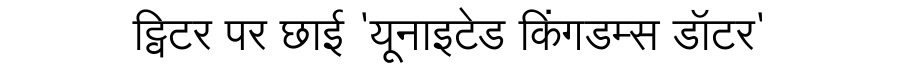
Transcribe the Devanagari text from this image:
ट्विटर पर छाई 'यूनाइटेड किंगडम्स डॉटर'